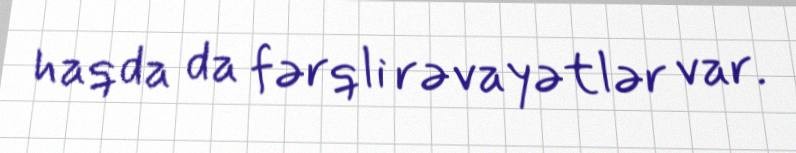
haqda da fərqli rəvayətlər var.